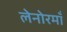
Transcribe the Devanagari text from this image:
लेनोरमाँ